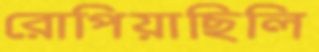
রোপিয়াছিলি